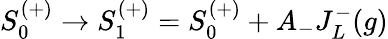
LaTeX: S_{0}^{(+)}\rightarrow S_{1}^{(+)}=S_{0}^{(+)}+A_{-}J_{L}^{-}(g)